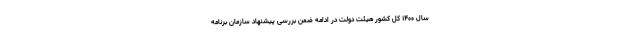
سال ۱۴۰۰ کل کشور هیئت دولت در ادامه ضمن بررسی پیشنهاد سازمان برنامه